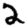
Digit: 2